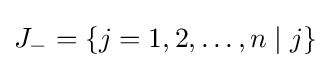
J_{-}=\{j=1,2,\ldots ,n\mid j\}